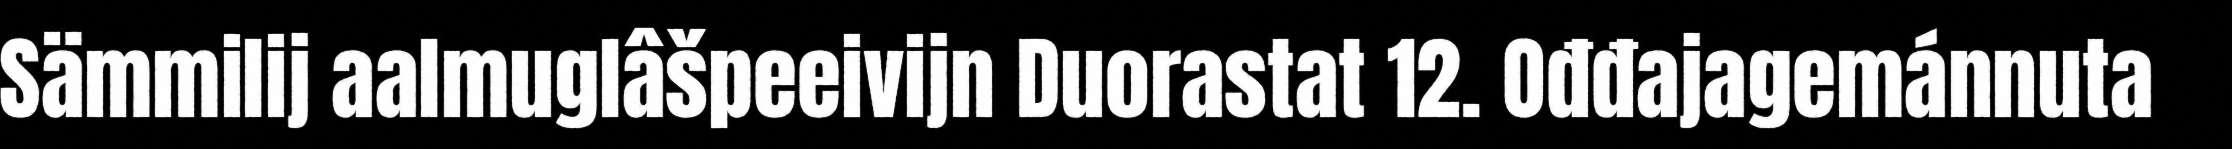
Sämmilij aalmuglâšpeeivijn Duorastat 12. Ođđajagemánnuta